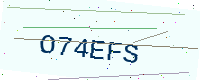
Text: O74EFS